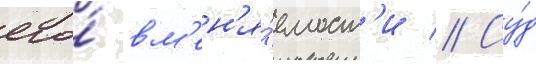
его́ вм'ен'я́емост'и // Су́д